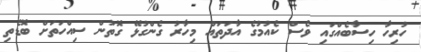
ހުރިހާ ހިސާބެއްގައި ވެސް ކެއުމުގެ އާދަތައް މިހާރު ގެންގުޅޭ ގޮތުން ސިއްހަތަށް ބޮޑެތި